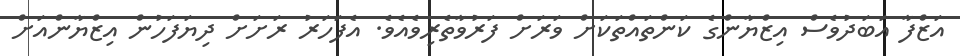
އަޒްފާ އަބަދުވެސް އިޒްޔާންގެ ކަންތައްތަކަށް ވަރަށް ފަރުވާތެރިވެއެވެ. އެފަހަރު ރަށަށް ދިޔަފަހުން އިޒްޔާންއަށް